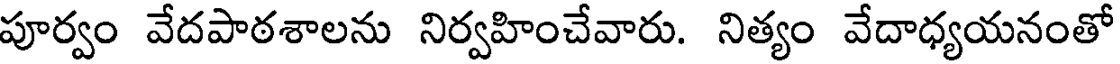
పూర్వం వేదపాఠశాలను నిర్వహించేవారు. నిత్యం వేదాధ్యయనంతో